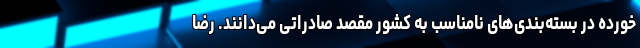
خورده در بسته‌بندی‌های نامناسب به کشور مقصد صادراتی می‌دانند. رضا